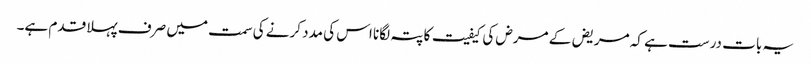
یہ بات درست ہے کہ مریض کے مرض کی کیفیت کا پتہ لگانا اس کی مدد کرنے کی سمت میں صرف پہلا قدم ہے۔